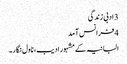
3 ادبی زندگی
4 فرانس آمد
البانیہ کے مشہور ادیب، ناول نگار۔